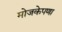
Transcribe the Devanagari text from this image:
मोजकेपणा